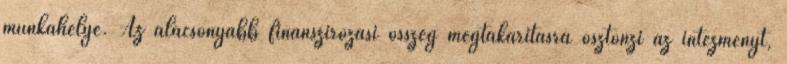
munkahelye. Az alacsonyabb finanszírozási összeg megtakarításra ösztönzi az intézményt,